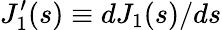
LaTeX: J_{1}^{\prime}(s)\equiv dJ_{1}(s)/ds